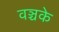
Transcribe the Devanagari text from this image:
वञ्चके